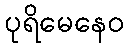
ပုရိမေနေဝ